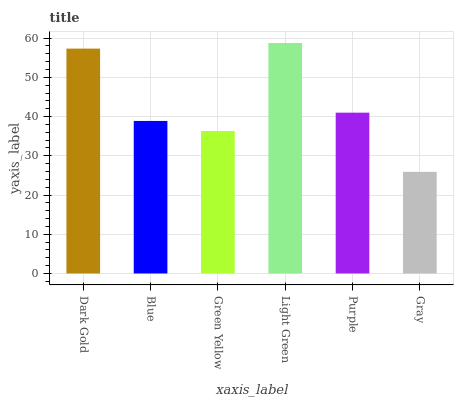
| xaxis_label | bars |
 | --- | --- |
 | Dark Gold | 57.3 |
 | Blue | 38.9 |
 | Green Yellow | 36.3 |
 | Light Green | 58.8 |
 | Purple | 41 |
 | Gray | 25.9 |